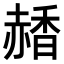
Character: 𧹰